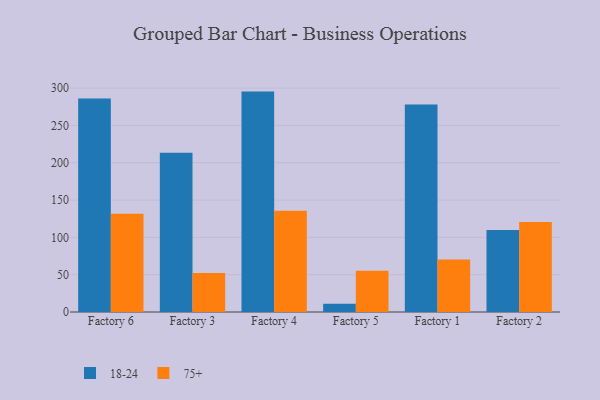
{"axis": {"x": "Factory", "y": "Inventory Turnover"}, "legend": ["18-24", "75+"], "data": [{"x": "Factory 6", "y": 286.1, "type": "18-24"}, {"x": "Factory 6", "y": 131.7, "type": "75+"}, {"x": "Factory 3", "y": 213.4, "type": "18-24"}, {"x": "Factory 3", "y": 52.4, "type": "75+"}, {"x": "Factory 4", "y": 295.3, "type": "18-24"}, {"x": "Factory 4", "y": 135.6, "type": "75+"}, {"x": "Factory 5", "y": 11.1, "type": "18-24"}, {"x": "Factory 5", "y": 55.2, "type": "75+"}, {"x": "Factory 1", "y": 277.9, "type": "18-24"}, {"x": "Factory 1", "y": 70.4, "type": "75+"}, {"x": "Factory 2", "y": 109.8, "type": "18-24"}, {"x": "Factory 2", "y": 120.6, "type": "75+"}]}